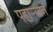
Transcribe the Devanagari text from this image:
पहार्‍यात